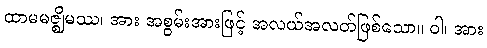
ထာမမဇ္ဈိမဿ၊ အား အစွမ်းအားဖြင့် အလယ်အလတ်ဖြစ်သော။ ဝါ၊ အား